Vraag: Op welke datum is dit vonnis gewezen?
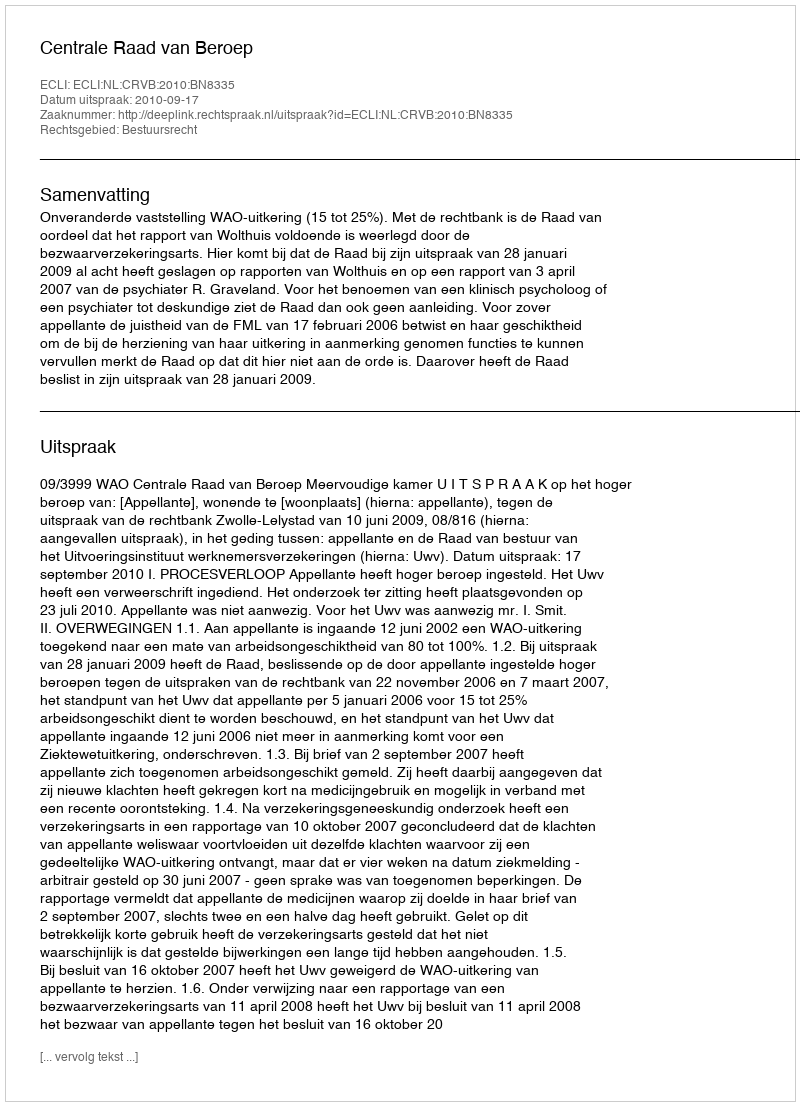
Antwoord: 2010-09-17